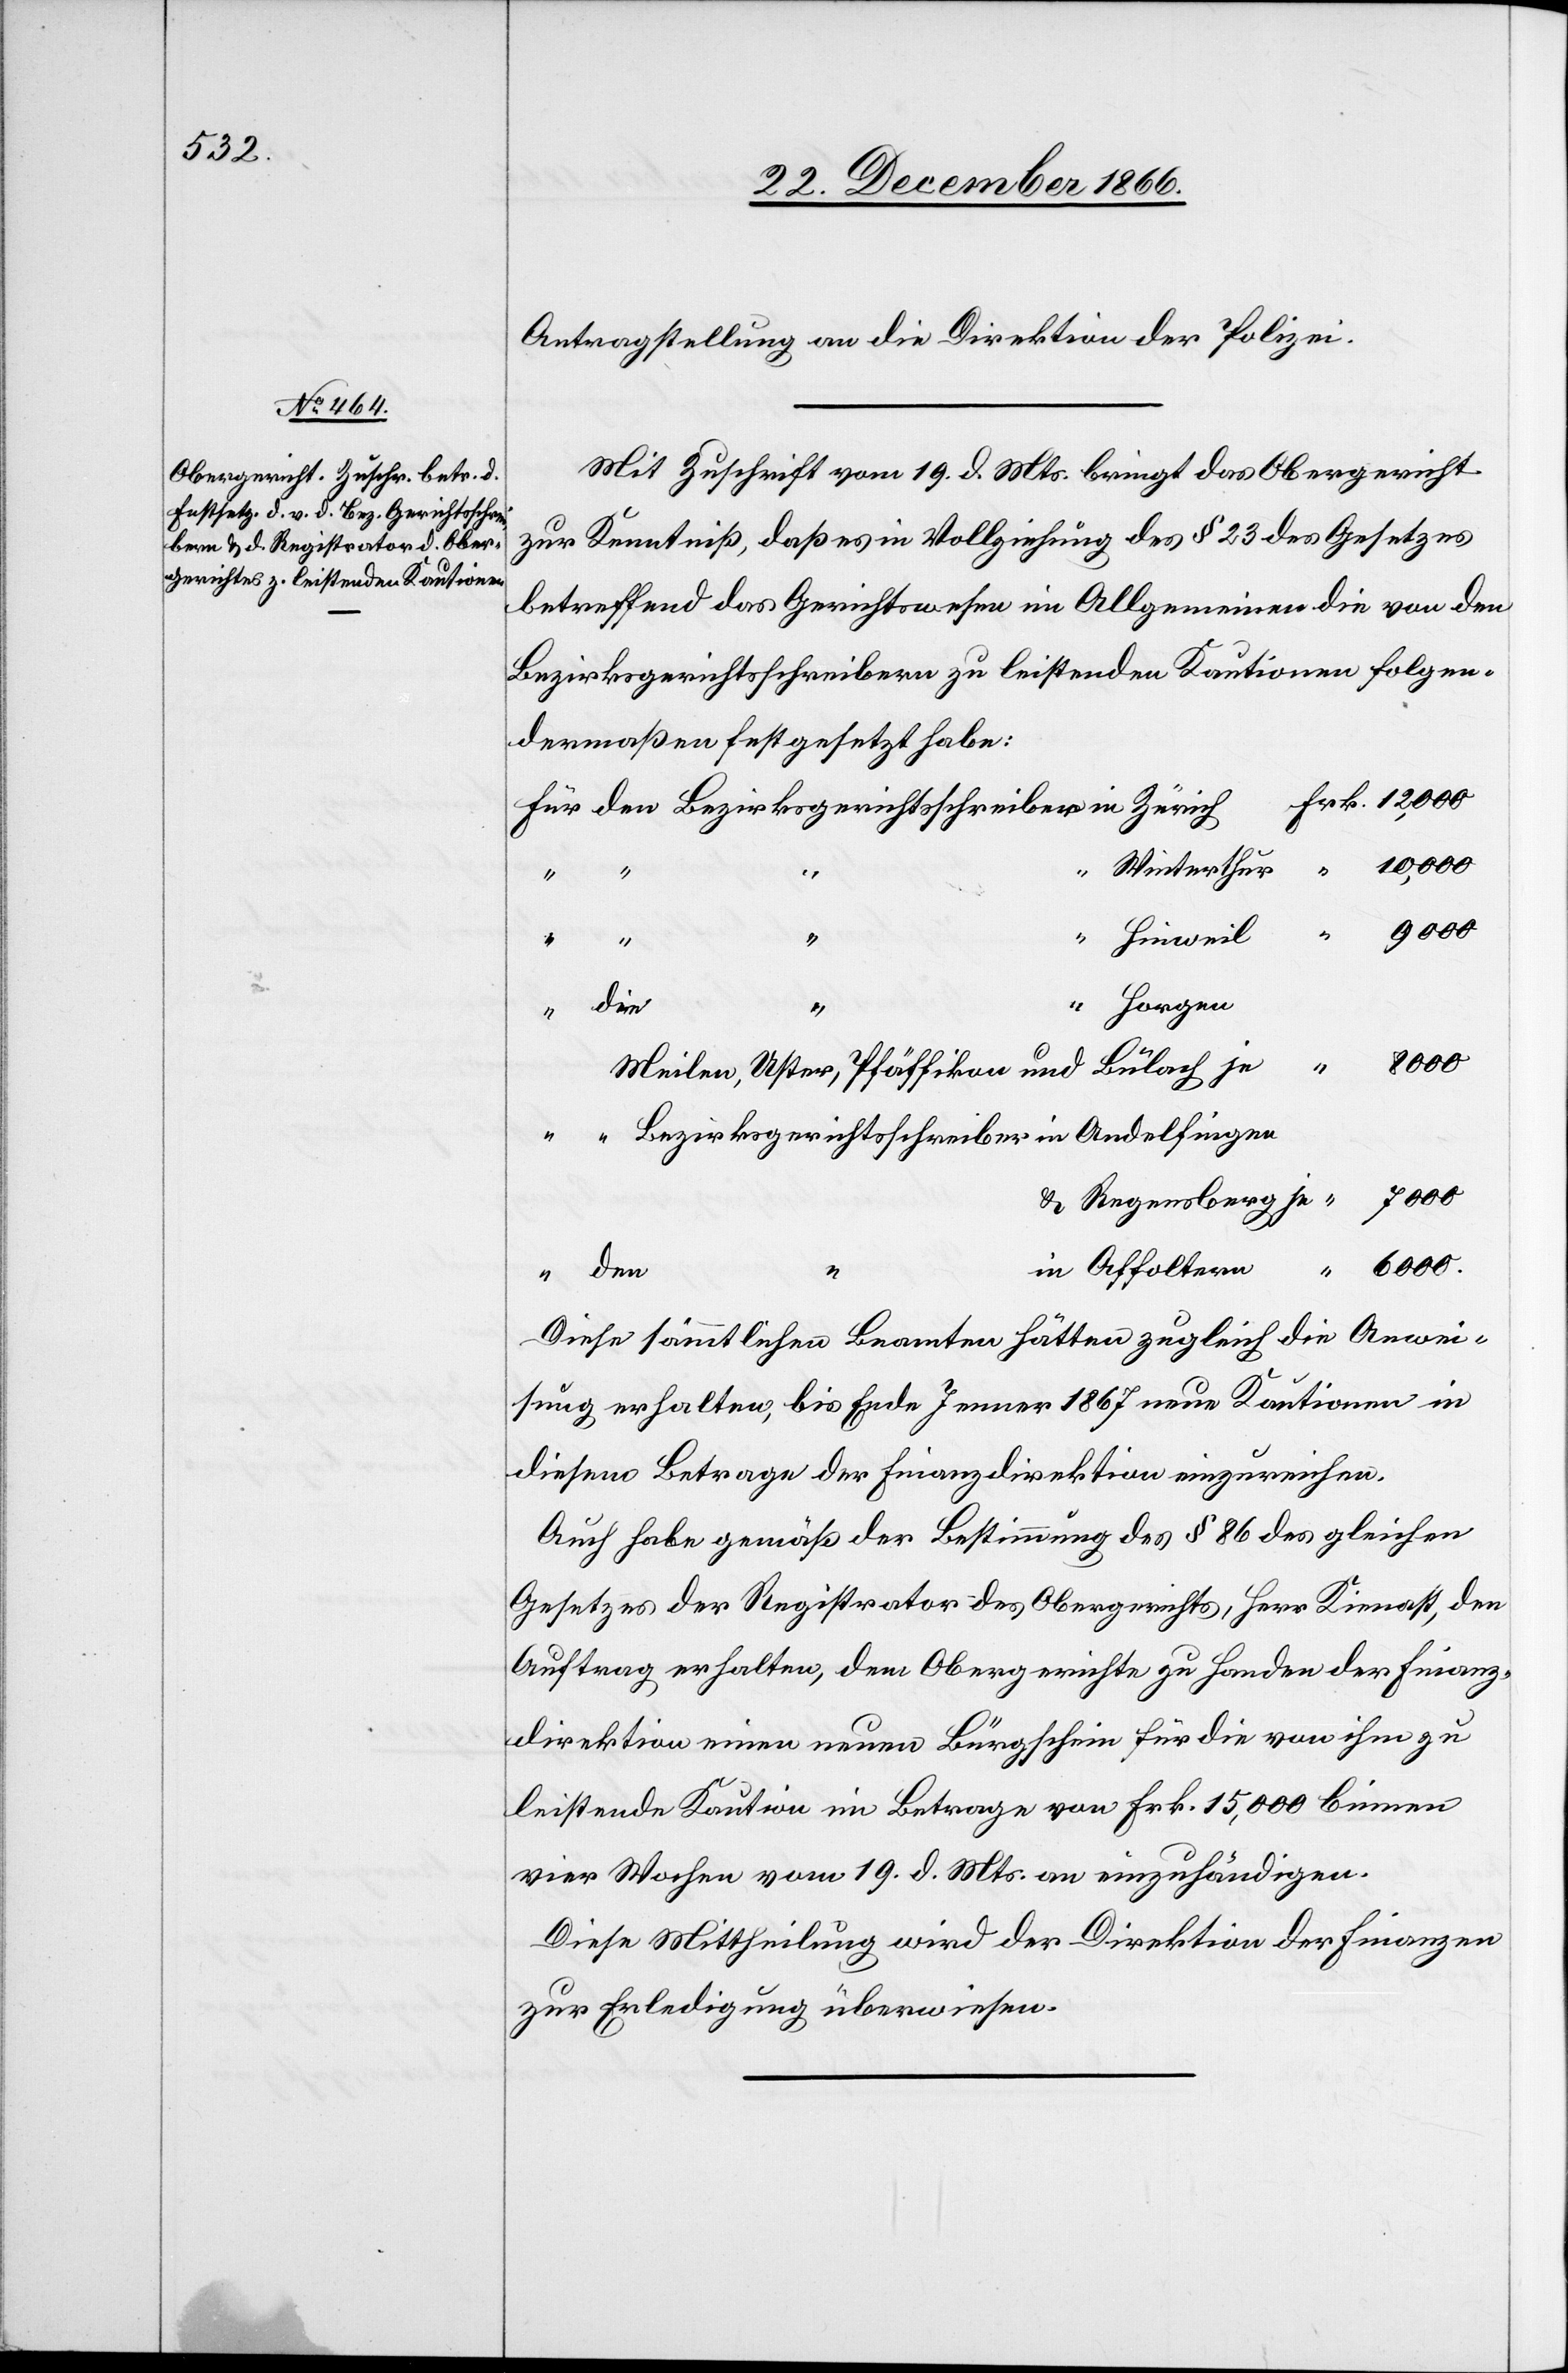
24. December 1866.]
Antragstellung an die Direktion der Polizei.
Mit Zuschrift vom 19. d. Mts. bringt das Obergericht
zur Kenntniß, daß es in Vollziehung des § 23 des Gesetzes
betreffend das Gerichtswesen im Allgemeinen die von den
Bezirksgerichtsschreibern zu leistenden Kautionen folgen¬
dermaßen festgesetzt habe:
“
6000
“
&
Horgen
die
Meilen, Uster, Pfäffikon und Bülach je
den
12
Diese sämmtlichen Beamten hätten zugleich die Anwei¬
sung erhalten, bis Ende Jenner 1867 neue Kautionen in
diesem Betrage der Finanzdirektion einzureichen.
Auch habe gemäß der Bestimmung des § 86 des gleichen
Gesetzes der Registrator des Obergerichts, Herr Kienast, den
Auftrag erhalten, dem Obergerichte zu Handen der Finanz¬
direktion einen neuen Bürgschein für die von ihm zu
leistende Kaution im Betrage von Frk. 15 000 binnen
vier Wochen vom 19. d. Mts. an einzuhändigen.
Diese Mittheilung wird der Direktion der Finanzen
zur Erledigung überwiesen.